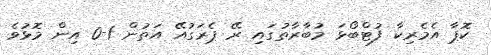
ކޮޕާ އެމެރިކާ ފުޓްބޯޅަ މުބާރާތުގައި ރޭ ޕެރަގުއޭ އަތުން 1-0 އިން މޮޅުވެ